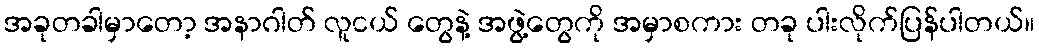
အခုတခါမှာတော့ အနာဂါတ် လူငယ် တွေနဲ့ အဖွဲ့တွေကို အမှာစကား တခု ပါးလိုက်ပြန်ပါတယ်။